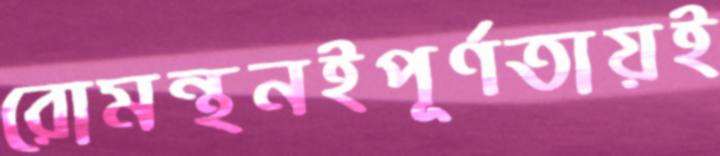
রোমন্থনইপূর্ণতায়ই